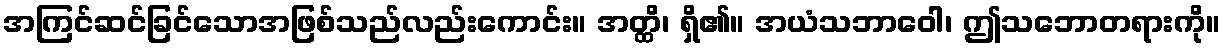
အကြင်ဆင်ခြင်သောအဖြစ်သည်လည်းကောင်း။ အတ္ထိ၊ ရှိ၏။ အယံသဘာဝေါ၊ ဤသဘောတရားကို။